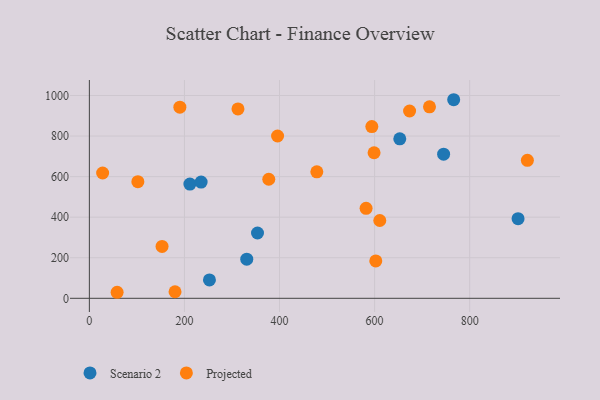
{"axis": {"x": "Distance", "y": "Profit"}, "legend": ["Projected", "Scenario 2"], "data": [{"x": "901.8", "y": 392.7, "type": "Scenario 2"}, {"x": "653.0", "y": 786.3, "type": "Scenario 2"}, {"x": "766.4", "y": 979.1, "type": "Scenario 2"}, {"x": "211.5", "y": 563.3, "type": "Scenario 2"}, {"x": "331.1", "y": 192.7, "type": "Scenario 2"}, {"x": "745.2", "y": 710.8, "type": "Scenario 2"}, {"x": "252.6", "y": 90.6, "type": "Scenario 2"}, {"x": "353.7", "y": 321.9, "type": "Scenario 2"}, {"x": "235.1", "y": 573.0, "type": "Scenario 2"}, {"x": "921.4", "y": 680.1, "type": "Projected"}, {"x": "377.4", "y": 586.9, "type": "Projected"}, {"x": "673.6", "y": 923.4, "type": "Projected"}, {"x": "715.5", "y": 943.9, "type": "Projected"}, {"x": "58.4", "y": 29.7, "type": "Projected"}, {"x": "478.5", "y": 623.5, "type": "Projected"}, {"x": "395.9", "y": 800.2, "type": "Projected"}, {"x": "27.9", "y": 617.8, "type": "Projected"}, {"x": "602.5", "y": 184.1, "type": "Projected"}, {"x": "102.0", "y": 575.0, "type": "Projected"}, {"x": "610.9", "y": 383.6, "type": "Projected"}, {"x": "582.1", "y": 443.4, "type": "Projected"}, {"x": "594.2", "y": 846.9, "type": "Projected"}, {"x": "312.6", "y": 933.8, "type": "Projected"}, {"x": "598.9", "y": 717.6, "type": "Projected"}, {"x": "180.2", "y": 32.2, "type": "Projected"}, {"x": "190.4", "y": 942.6, "type": "Projected"}, {"x": "152.9", "y": 256.0, "type": "Projected"}]}